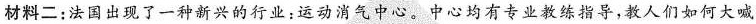
材料二：法国出现了一种新兴的行业：运动消气中心。中心均有专业教练指导，教人们如何大喊